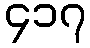
၄၁၇